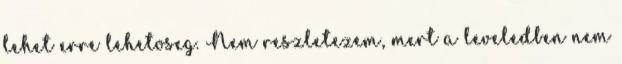
lehet erre lehetoseg. Nem reszletezem, mert a leveledben nem